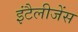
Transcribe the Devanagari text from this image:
इंटैलीजेंस